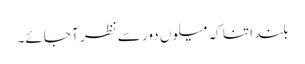
بلند اتنا کہ میلوں دور سے نظر آ جائے۔